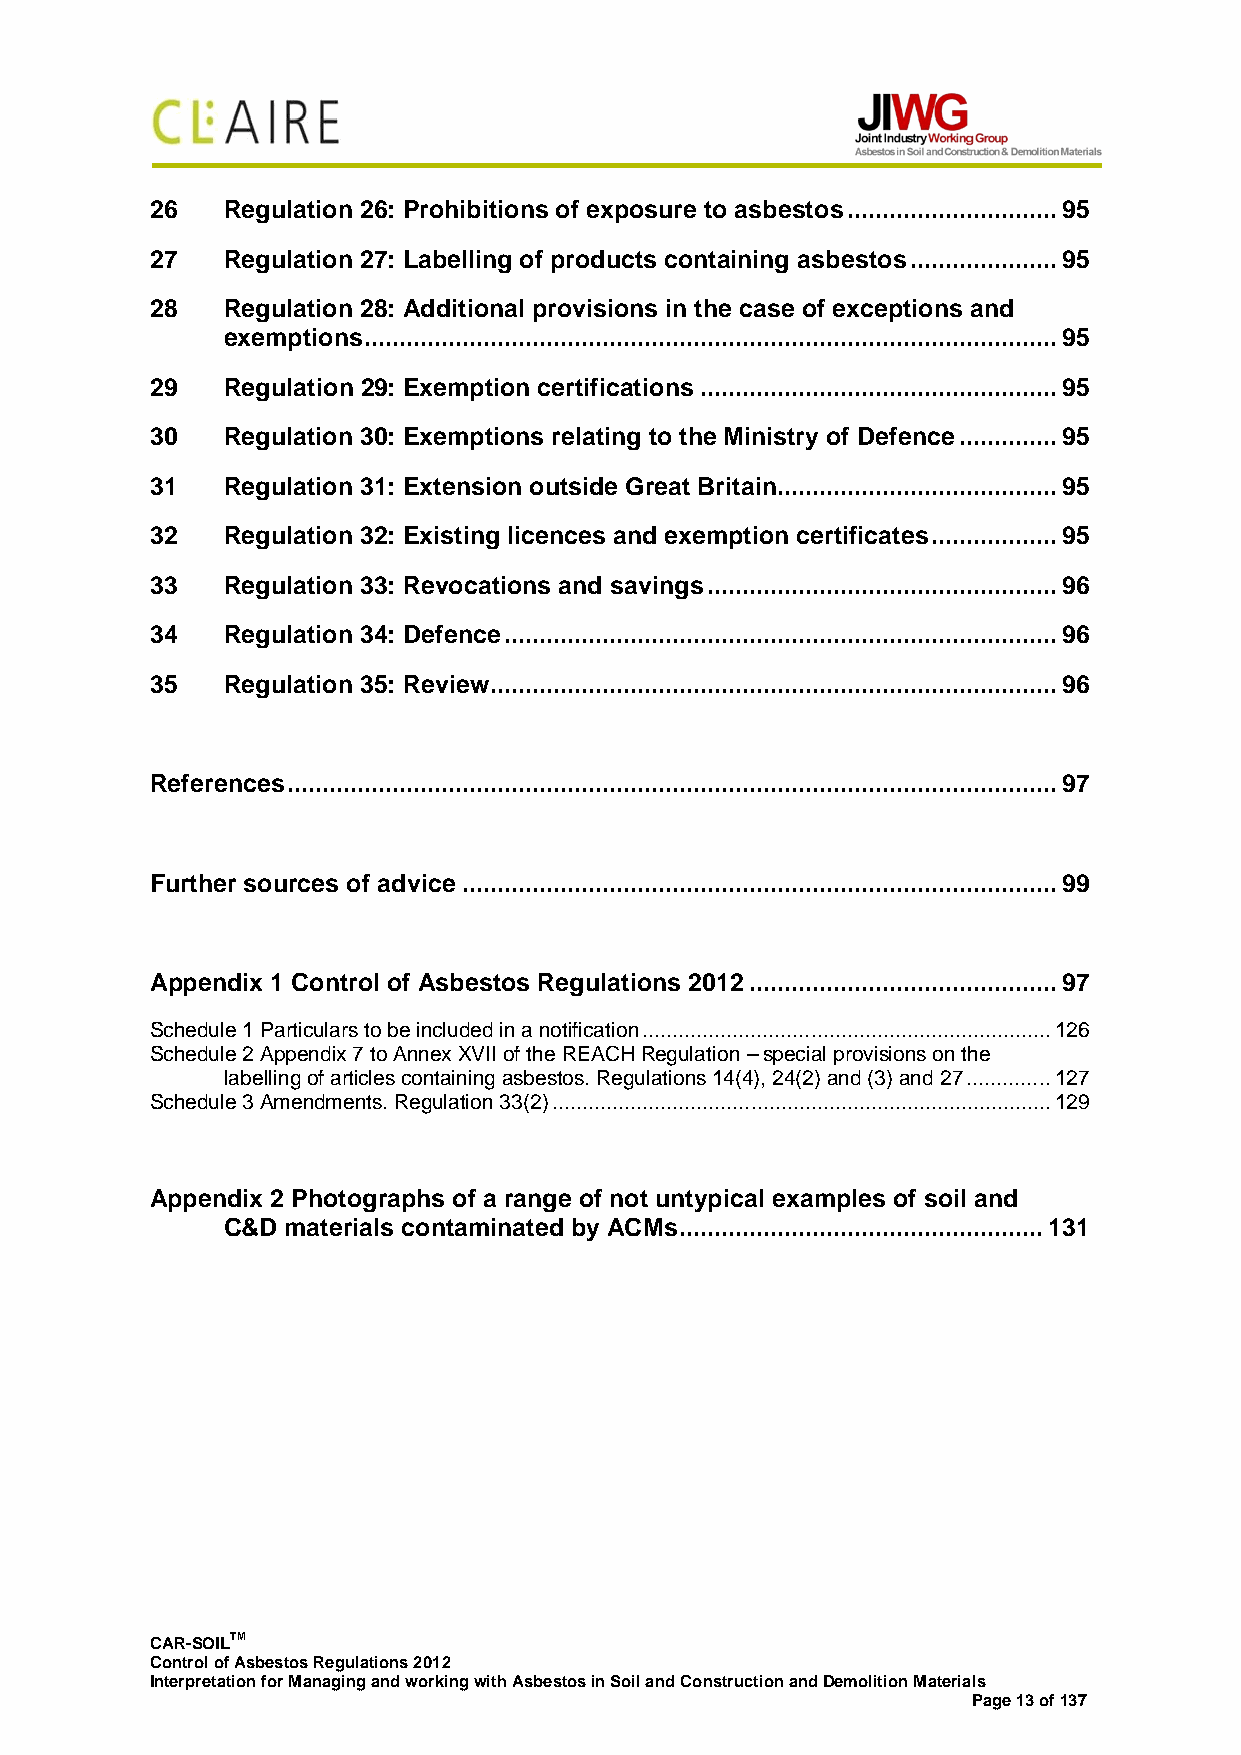
26   Regulation 26: Prohibitions of exposure to asbestos .............................. 95
 27   Regulation 27: Labelling of products containing asbestos ..................... 95
 28   Regulation 28: Additional provisions in the case of exceptions and
 exemptions ................................................................................................... 95
 29   Regulation 29: Exemption certifications ................................................... 95
 30   Regulation 30: Exemptions relating to the Ministry of Defence .............. 95
 31   Regulation 31: Extension outside Great Britain........................................ 95
 32   Regulation 32: Existing licences and exemption certificates .................. 95
 33   Regulation 33: Revocations and savings .................................................. 96
 34   Regulation 34: Defence ............................................................................... 96
 35   Regulation 35: Review ................................................................................. 96
 References .............................................................................................................. 97
 Further sources of advice ..................................................................................... 99
 Appendix 1 Control of Asbestos Regulations 2012 ............................................ 97
 Schedule 1 Particulars to be included in a notification .................................................................... 126
 Schedule 2 Appendix 7 to Annex XVII of the REACH Regulation – special provisions on the
 labelling of articles containing asbestos. Regulations 14(4), 24(2) and (3) and 27 .............. 127
 Schedule 3 Amendments. Regulation 33(2) ................................................................................... 129
 Appendix 2 Photographs of a range of not untypical examples of soil and
 C&D materials contaminated by ACMs .................................................... 131
 CAR-SOILTM
 Control of Asbestos Regulations 2012
 Interpretation for Managing and working with Asbestos in Soil and Construction and Demolition Materials
 Page 13 of 137